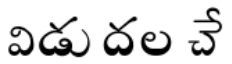
విడుదల చే